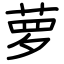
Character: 萝